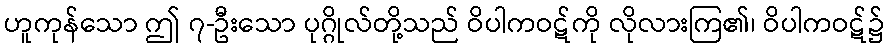
ဟူကုန်သော ဤ ၇-ဦးသော ပုဂ္ဂိုလ်တို့သည် ဝိပါကဝဋ်ကို လိုလားကြ၏၊ ဝိပါကဝဋ်၌